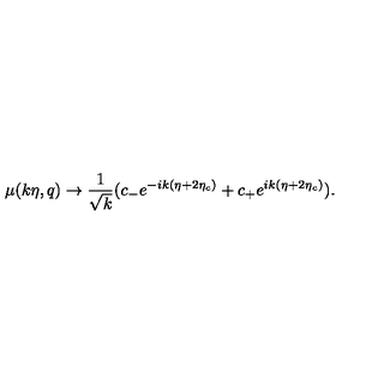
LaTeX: \mu ( k \eta , q ) \rightarrow \frac { 1 } { \sqrt { k } } ( c _ { - } e ^ { - i k ( \eta + 2 \eta _ { c } ) } + c _ { + } e ^ { i k ( \eta + 2 \eta _ { c } ) } ) .